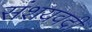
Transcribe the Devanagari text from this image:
संशयवदी